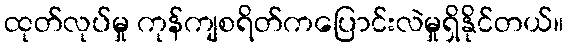
ထုတ်လုပ်မှု ကုန်ကျစရိတ်ကပြောင်းလဲမှုရှိနိုင်တယ်။